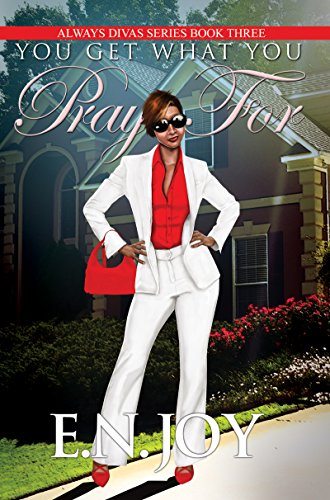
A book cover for You Get What You Pray For: Always Divas Series Book Three; E.N. Joy; Literature & Fiction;